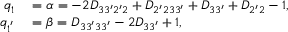
\begin{array} { r l } { q _ { 1 } } & { { } = \alpha = - 2 D _ { 3 3 ^ { \prime } 2 ^ { \prime } 2 } + D _ { 2 ^ { \prime } 2 3 3 ^ { \prime } } + D _ { 3 3 ^ { \prime } } + D _ { 2 ^ { \prime } 2 } - 1 , } \\ { q _ { 1 ^ { ' } } } & { { } = \beta = D _ { 3 3 ^ { \prime } 3 3 ^ { \prime } } - 2 D _ { 3 3 ^ { \prime } } + 1 , } \end{array}